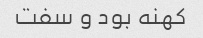
کهنه بود و سفت